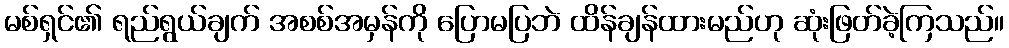
မစ်ရှင်၏ ရည်ရွယ်ချက် အစစ်အမှန်ကို ပြောမပြဘဲ ထိန်ချန်ထားမည်ဟု ဆုံးဖြတ်ခဲ့ကြသည်။